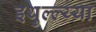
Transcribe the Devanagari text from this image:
इथुल्ल्य्या